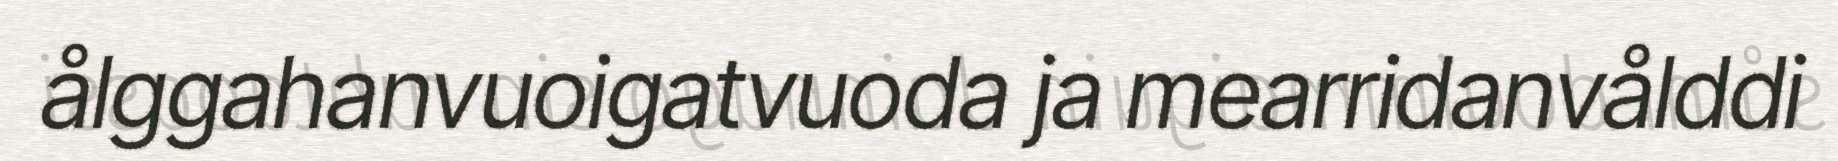
ålggahanvuoigatvuoda ja mearridanvålddi